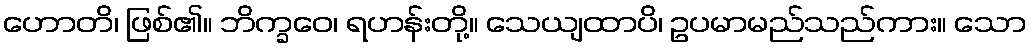
ဟောတိ၊ ဖြစ်၏။ ဘိက္ခဝေ၊ ရဟန်းတို့။ သေယျထာပိ၊ ဥပမာမည်သည်ကား။ သော